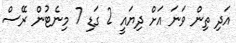
އަދި ތިން ވަނަ އަށް ދިޔައީ 2 ގަޑި 7 މިނެޓުން ރޭސް